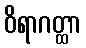
ဝိရာဂတ္ထာ